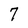
Character: 7